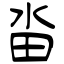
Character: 畓